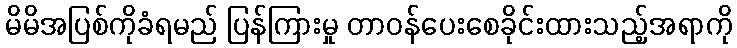
မိမိအပြစ်ကိုခံရမည် ပြန်ကြားမှု တာဝန်ပေးစေခိုင်းထားသည့်အရာကို